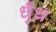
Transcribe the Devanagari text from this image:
धुँध